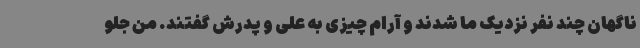
ناگهان چند نفر نزدیک ما شدند و آرام چیزی به علی و پدرش گفتند. من جلو